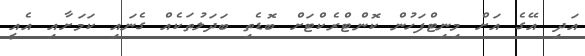
އަދި އޭގެ އަށް މިނިޓްފަހުން ކޮންޓްރެކްޓަށް ބޮޑެތި ބަދަލުތަކެއް ގެނައި ކަމަށާއި އެއީ